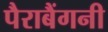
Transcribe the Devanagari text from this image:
पैराबैंगनी